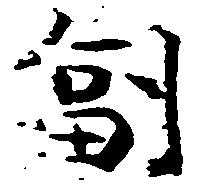
副